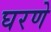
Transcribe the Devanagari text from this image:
घरणे